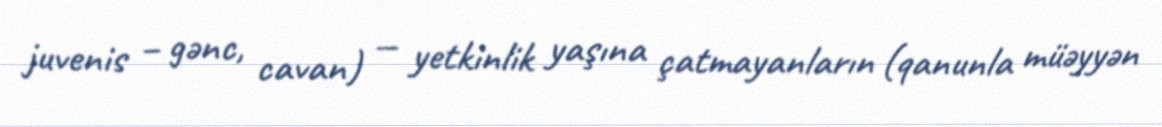
juvenis – gənc, cavan) — yetkinlik yaşına çatmayanların (qanunla müəyyən